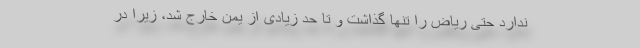
ندارد حتی ریاض را تنها گذاشت و تا حد زیادی از یمن خارج شد، زیرا در